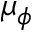
\mu _ { \phi }